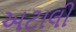
અટાલી